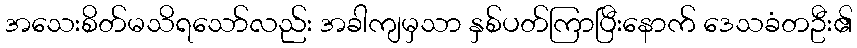
အသေးစိတ်မသိရသော်လည်း အခါကျမှသာ နှစ်ပတ်ကြာပြီးနောက် ဒေသခံတဦး၏